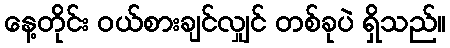
နေ့တိုင်း ဝယ်စားချင်လျှင် တစ်ခုပဲ ရှိသည်။